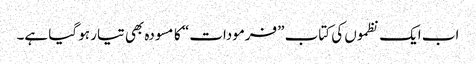
اب ایک نظموں کی کتاب ”فرمودات“ کا مسودہ بھی تیار ہو گیا ہے۔